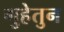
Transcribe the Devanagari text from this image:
गुहेतुन